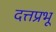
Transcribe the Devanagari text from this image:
दत्तप्रभू